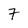
Character: 7